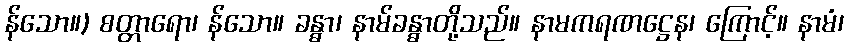
န်သော။) စတ္တာရော၊ န်သော။ ခန္ဓာ၊ နာမ်ခန္ဓာတို့သည်။ နာမကရဏဋ္ဌေန၊ ကြောင့်။ နာမံ၊